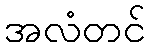
အလံတင်